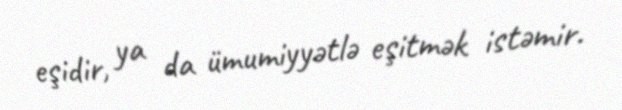
eşidir, ya da ümumiyyətlə eşitmək istəmir.